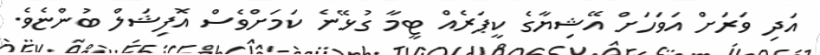
އަދި ވަރަށް އަވަހަށް އޭޝިޔާގެ ކީޕަރެއް ޓީމާ ގުޅޭނެ ކަމަށްވެސް އޮފިޝަލް ބުންޏެވެ.